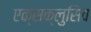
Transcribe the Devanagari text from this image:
एक्सक्लुसिव